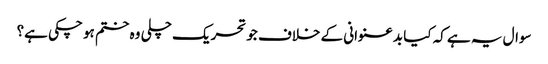
سوال یہ ہے کہ کیا بدعنوانی کے خلاف جو تحریک چلی وہ ختم ہو چکی ہے؟